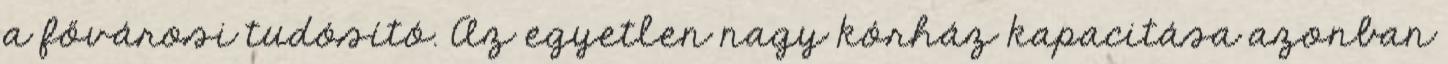
a fővárosi tudósító. Az egyetlen nagy kórház kapacitása azonban